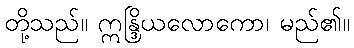
တို့သည်။ ဣန္ဒြိယလောကော၊ မည်၏။